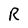
Character: R